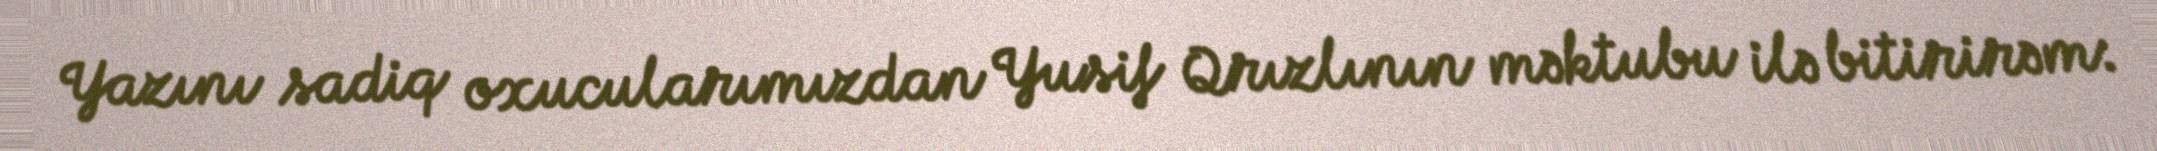
Yazını sadiq oxucularımızdan Yusif Qrızlının məktubu ilə bitirirəm: